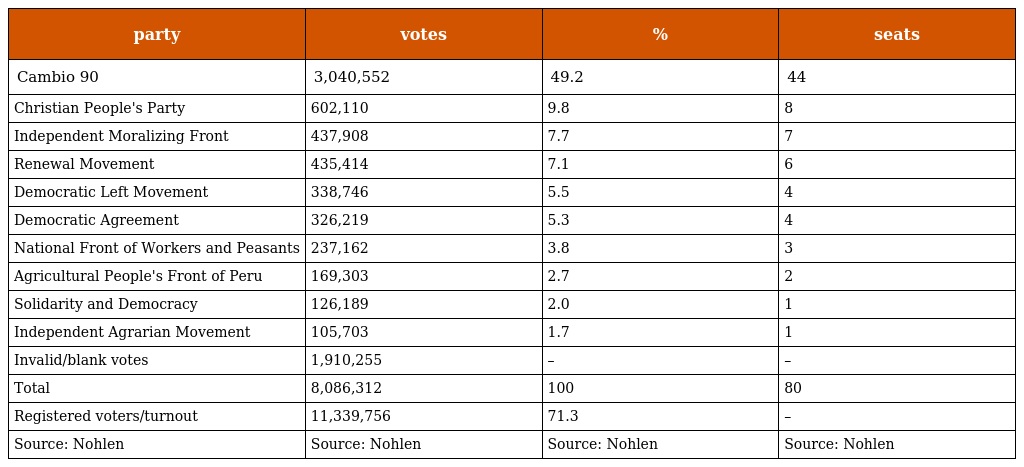
| party | votes | % | seats |
 | --- | --- | --- | --- |
 | Cambio 90 | 3,040,552 | 49.2 | 44 |
 | Christian People's Party | 602,110 | 9.8 | 8 |
 | Independent Moralizing Front | 437,908 | 7.7 | 7 |
 | Renewal Movement | 435,414 | 7.1 | 6 |
 | Democratic Left Movement | 338,746 | 5.5 | 4 |
 | Democratic Agreement | 326,219 | 5.3 | 4 |
 | National Front of Workers and Peasants | 237,162 | 3.8 | 3 |
 | Agricultural People's Front of Peru | 169,303 | 2.7 | 2 |
 | Solidarity and Democracy | 126,189 | 2.0 | 1 |
 | Independent Agrarian Movement | 105,703 | 1.7 | 1 |
 | Invalid/blank votes | 1,910,255 | – | – |
 | Total | 8,086,312 | 100 | 80 |
 | Registered voters/turnout | 11,339,756 | 71.3 | – |
 | Source: Nohlen | Source: Nohlen | Source: Nohlen | Source: Nohlen |